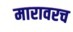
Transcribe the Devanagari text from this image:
मारावरच